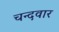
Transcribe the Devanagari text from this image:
चन्दवार